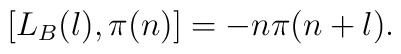
[L_B(l),\pi(n)] = -n\pi(n+l).